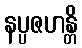
နပ္ပဇဟန္တိ